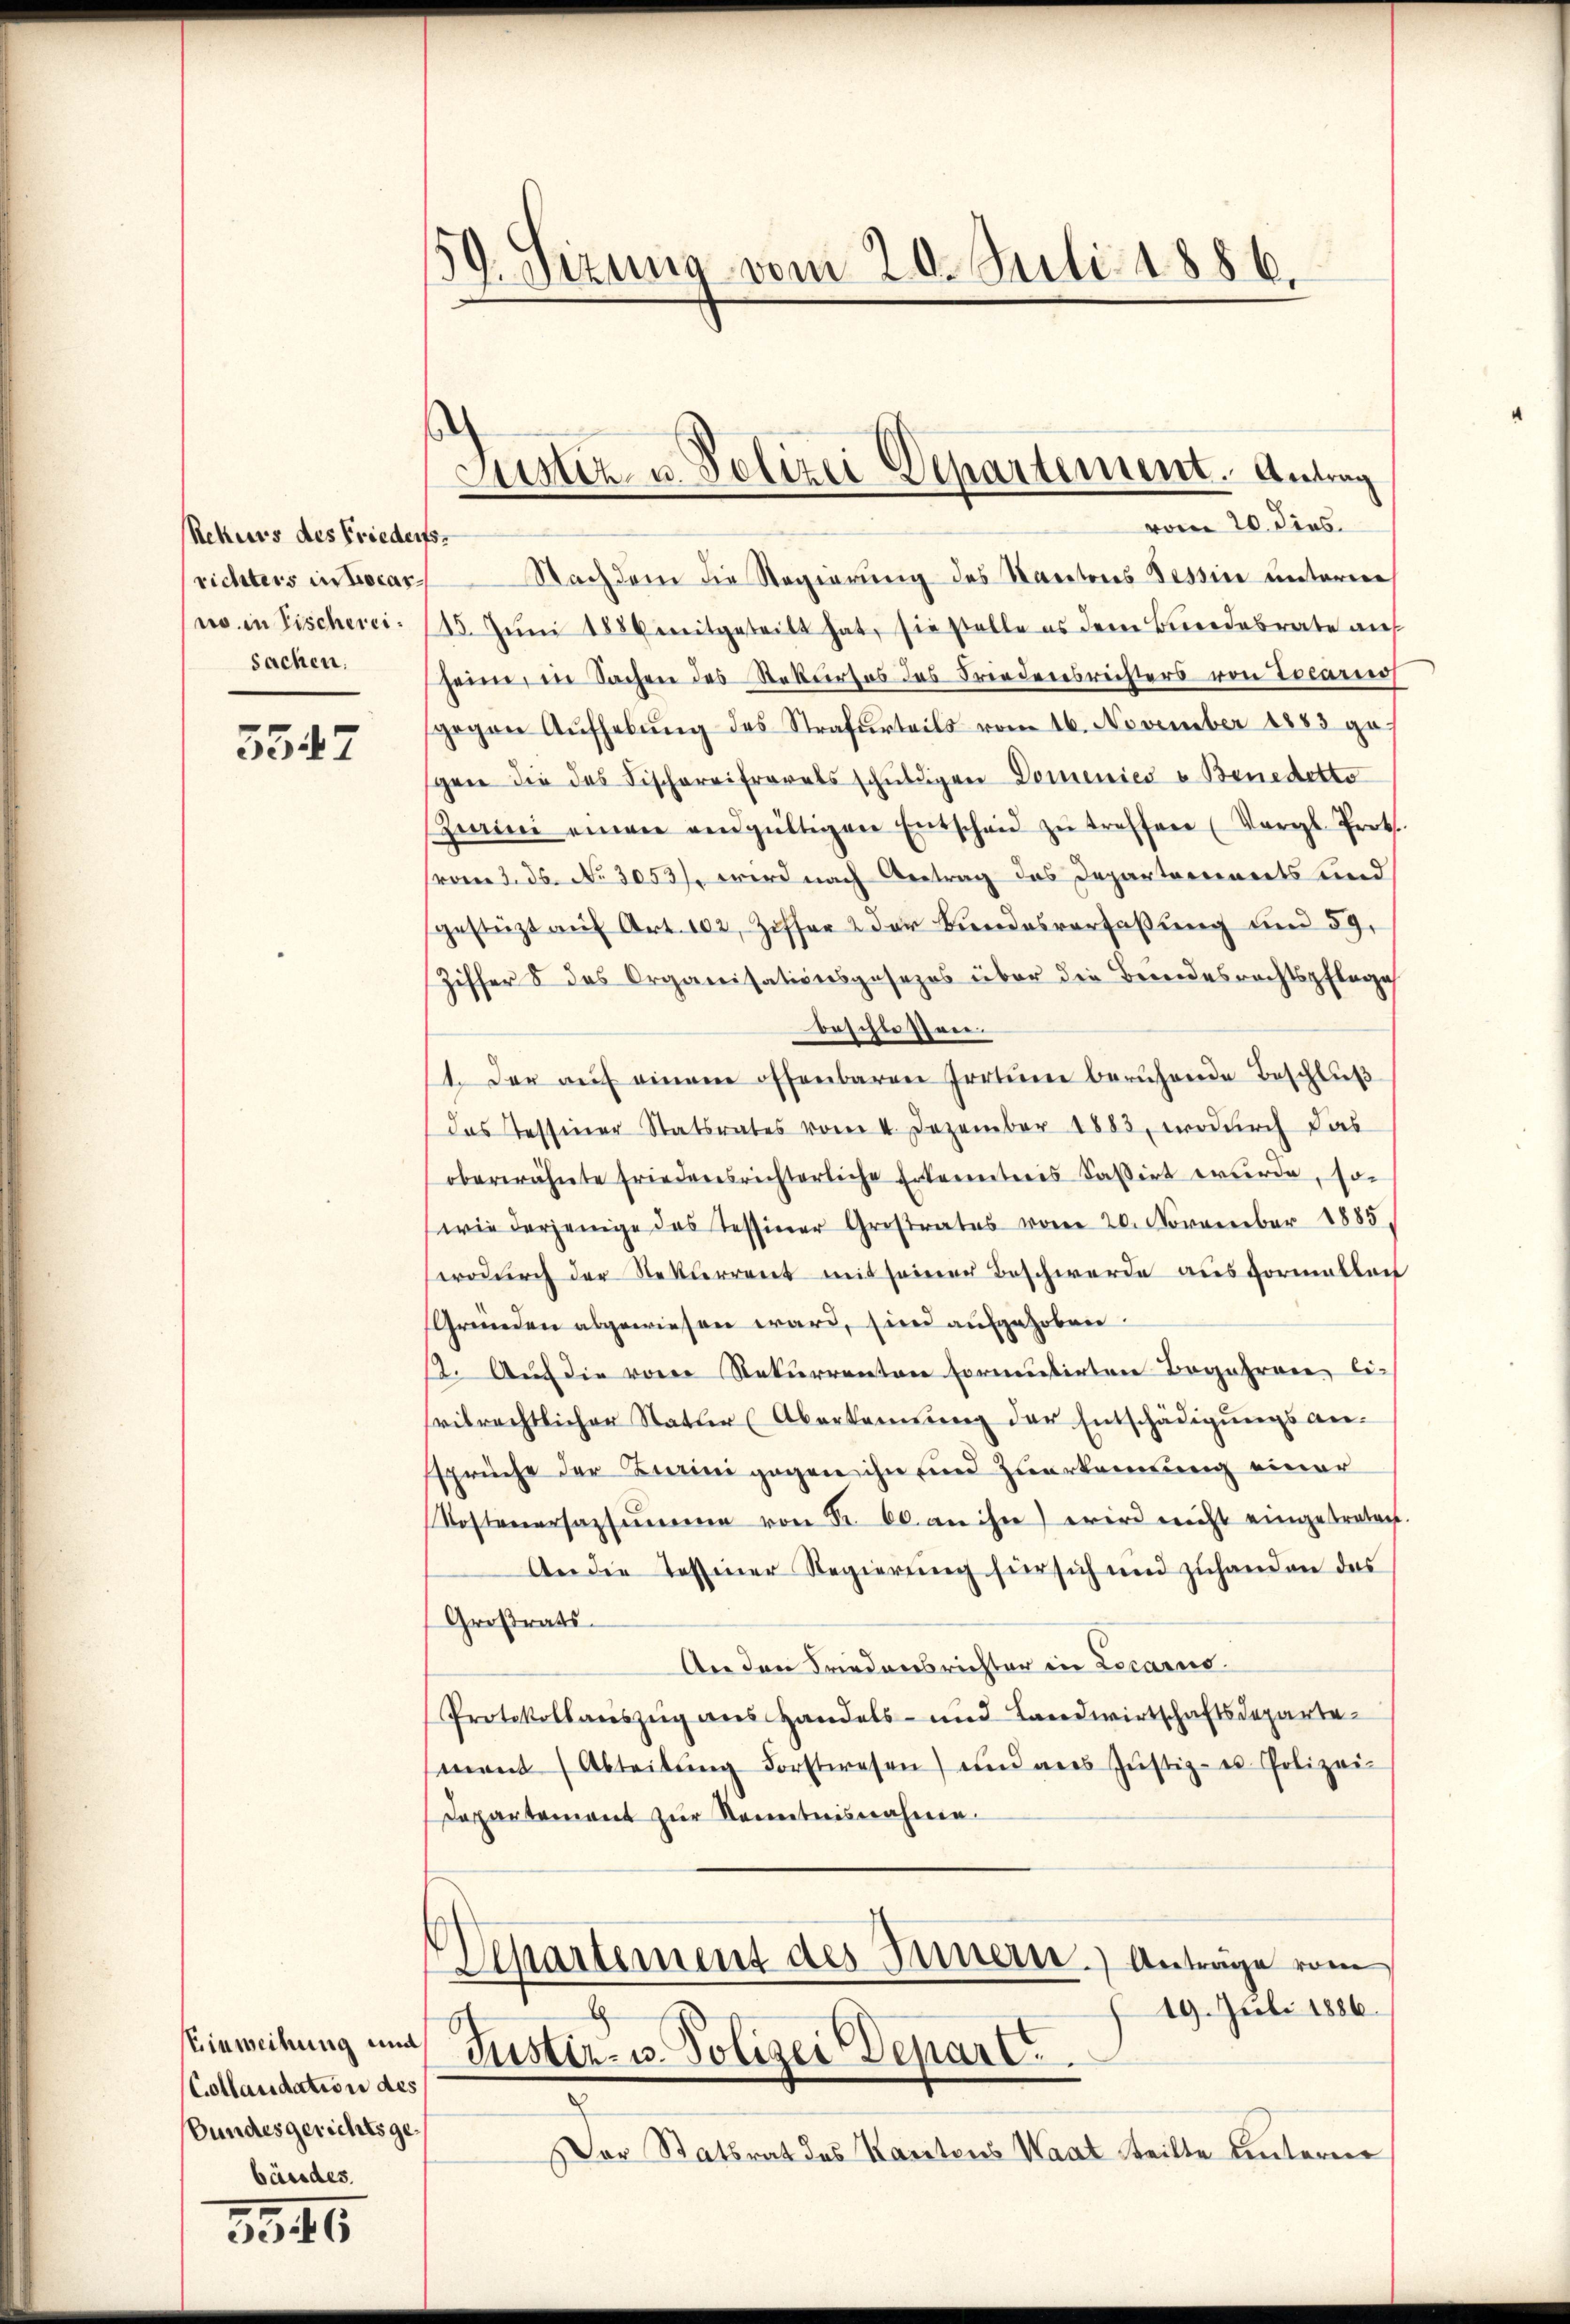
Rekurs des Frieders
richters in Locarno in Fischereisachen.

5547

Einweihung und
(Collaudation des
Bundesgerichtsge
bäudes.
3346

d
59. Sizung vom 20. Juli 1886.

Justiz u. Polizei Departement. Antrag
vom 20. dies

Nachdem die Regierŭng des Kantons Tessin unterme
15. Juni 1886 mitgeteilt hat, sie stelle es dem Bundesrate auf
seine, in Sachen des Stekertes das Friedensrichters von Locario
gegen Aufhebung des Strafurteils vom 16. November 1883 gegen die das Fischereifrorels schŭldigen Domenies v. Benedette
Zwini einen endgültigen Entscheid zŭ treffen (Vergl. Prok.
(vom 2. 26. No. 3053), wird nach Antrag des Departerinets und
gestüzt aŭf Art. 102, Ziffer & der Bŭndesverfaβŭng und 59.
Ziffer 5 des Organisationsgesezes über die Beendesrechtspflege
beschiessen.
1. Der aŭf einem offenbaren Irrtume beruhende Beschluß
das Tessiner Statsrates vom 4. Dezember 1883, wodurch das
oberwähnte friedensrichterliche Erkenntnis kasirt wurde, so
wie derjenige das Tessiner Grestrates vom 20. November 1885.
wodŭrch der Neklerrent mit seiner Beschwerde ausformallen
Gründen abgewiesen ward, sind aufgehoben.
2. Auf die vom Rekurrenten Formentirten Begehren li-
ritrechtlicher Statur (Aberkennung der Entschädigŭngsan-
ssprüche der Zurini gegen ihn und Zuerkennung einer
Kostenersazsŭmme von Fr. 60. an ihn wird nicht eingetreten.
An die Tessiner Regierŭng für sich und zŭhanden das
Großrats.
An den Friedensrichter in Locarno.
Protokollauszug aus Handels- und Landwirtschaftsdepartement (Abteilŭng Forstwesen) und aus Jŭstiz- u Polizei-
Departement zur Kenntnisnahme.
Separtement des Innern. Anträge vom
19. Juli 1886.
.
Justiz- u. Polizei Depart.
Der Statsrat des Kantons Waat teilte unterne